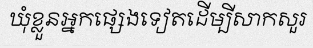
ឃុំខ្លួនអ្នកផ្សេងទៀតដើម្បីសាកសួរ